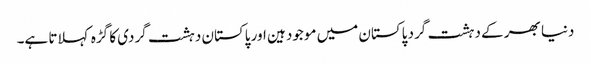
دنیا بھر کے دہشت گرد پاکستان میں موجود ہین اور پاکستان دہشت گردی کا گڑہ کہلاتا ہے۔